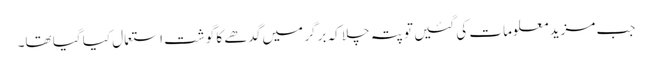
جب مزید معلومات کی گئیں تو پتہ چلا کہ برگر میں گدھے کا گوشت استعمال کیا گیا تھا۔